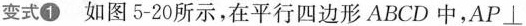
变式①如图5-20所示，在平行四边形ABCD中，AP\perp